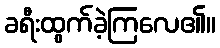
ခရီးထွက်ခဲ့ကြလေ၏။